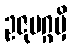
ဥဇုမဂ္ဂမှိ